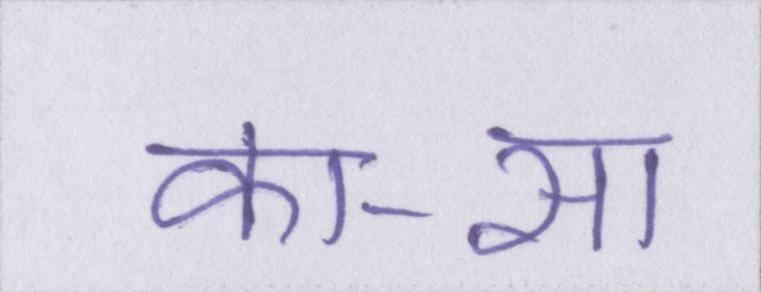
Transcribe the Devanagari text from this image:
का-सा